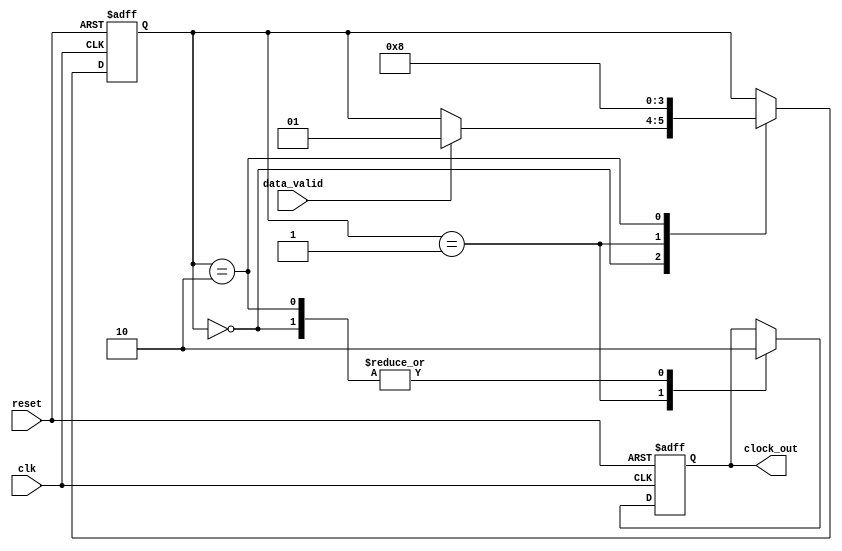
module timing_control_and_sync(
    input wire clk,            // Clock input
    input wire reset,          // Reset input
    input wire data_valid,     // Data valid signal from processor core
    output reg clock_out       // Output clock signal for bus interface
);

reg [1:0] state;               // State variable for FSM
parameter IDLE = 2'b00;       // Idle state
parameter SYNC = 2'b01;       // Synchronization state
parameter TRANSFER = 2'b10;   // Data transfer state

always @ (posedge clk or posedge reset) begin
    if (reset) begin
        state <= IDLE;
    end else begin
        case (state)
            IDLE: begin
                if (data_valid) begin
                    state <= SYNC;
                end
            end
            SYNC: begin
                // Synchronize data here
                state <= TRANSFER;
            end
            TRANSFER: begin
                // Generate proper handshaking signals and manage timing
                state <= IDLE;
            end
        endcase
    end
end

always @ (posedge clk or posedge reset) begin
    if (reset) begin
        clock_out <= 1'b0;
    end else begin
        case (state)
            IDLE: begin
                clock_out <= 1'b0;
            end
            SYNC: begin
                clock_out <= 1'b1;
            end
            TRANSFER: begin
                clock_out <= 1'b0; // Adjust timing as needed
            end
        endcase
    end
end

endmodule